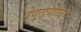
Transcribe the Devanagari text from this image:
तेवढय़ाच